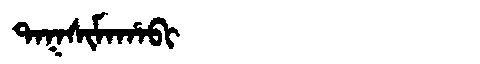
Manchu: ᡨᠠᡴᠰᡳᠮᠠᡥᠠᠪᡳ
Romanization: TAKSIMAHABI